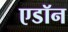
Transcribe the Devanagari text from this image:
एडॉन